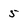
Character: 5